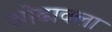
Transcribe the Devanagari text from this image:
ओढावला